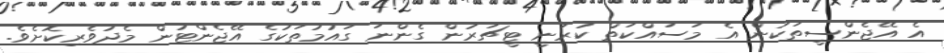
އެ އޭޖެންސީތަކުން އެ މަސައްކަތް ކުރަނީ ޓީޗަރުން ގެންނަ ގައުމުތަކުގެ އޭޖެންޓުން މެދުވެރިކޮށެވެ.